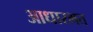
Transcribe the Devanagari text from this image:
आधारभत